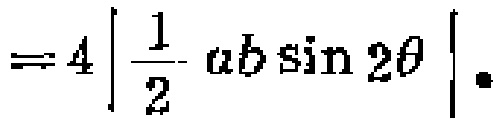
$=4\left|\frac{1}{2}ab\sin 2\theta\right|.$